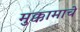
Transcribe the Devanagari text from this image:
मुक्कामाचे